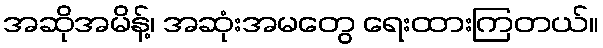
အဆိုအမိန့်၊ အဆုံးအမတွေ ရေးထားကြတယ်။